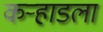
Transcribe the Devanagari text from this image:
कर्‍हाडला